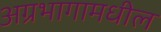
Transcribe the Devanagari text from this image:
अग्रभागामधील